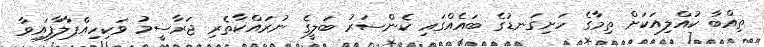
ތިއްބާ ކުއްލިއަކަށް ތިމާގެ ހަށިގަނޑުގެ ބައެއްގައި ކެންސަރު ބަލީގެ ނުރައްކާތެރި ޖަރާސީމު ވަކިހިއްޕާލާފައިވާ